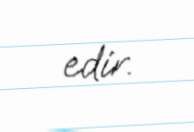
edir.